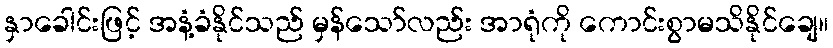
နှာခေါင်းဖြင့် အနံ့ခံနိုင်သည် မှန်သော်လည်း အာရုံကို ကောင်းစွာမသိနိုင်ချေ။